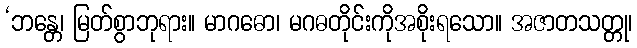
‘ဘန္တေ၊ မြတ်စွာဘုရား။ မာဂဓော၊ မဂဓတိုင်းကိုအစိုးရသော။ အဇာတသတ္တု၊